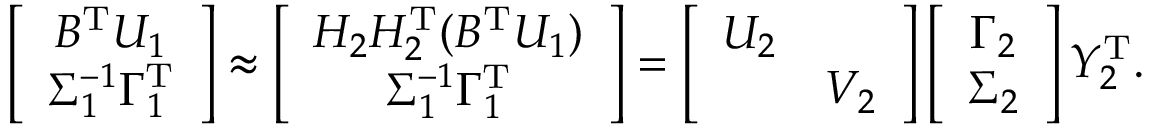
\left[ \begin{array} { c } { B ^ { \mathrm { T } } U _ { 1 } } \\ { \Sigma _ { 1 } ^ { - 1 } \Gamma _ { 1 } ^ { \mathrm T } } \end{array} \right] \approx \left[ \begin{array} { c } { H _ { 2 } H _ { 2 } ^ { \mathrm { T } } ( B ^ { \mathrm { T } } U _ { 1 } ) } \\ { \Sigma _ { 1 } ^ { - 1 } \Gamma _ { 1 } ^ { \mathrm T } } \end{array} \right] = \left[ \begin{array} { l l } { U _ { 2 } } & \\ & { V _ { 2 } } \end{array} \right] \left[ \begin{array} { c } { \Gamma _ { 2 } } \\ { \Sigma _ { 2 } } \end{array} \right] Y _ { 2 } ^ { \mathrm { T } } .